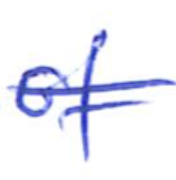
Text: of
Cross-out: single-line
Writing tool: ballpoint